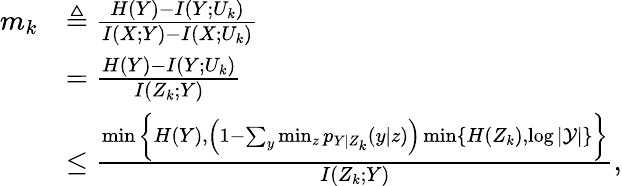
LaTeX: \begin{array}{rl}{m_{k}}&{\triangleq\frac{H(Y)-I(Y;U_{k})}{I(X;Y)-I(X;U_{k})}}\\ &{=\frac{H(Y)-I(Y;U_{k})}{I(Z_{k};Y)}}\\ &{\leq\frac{\operatorname*{min}\bigg\{ H(Y),\left(1-\sum_{y}\operatorname*{min}_{z}p_{Y|Z_{k}}(y|z)\right)\operatorname*{min}\{ H(Z_{k}),\log|\mathcal{Y}|\} \bigg\} }{I(Z_{k};Y)},}\end{array}